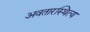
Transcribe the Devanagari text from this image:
अवतारस्थित्य